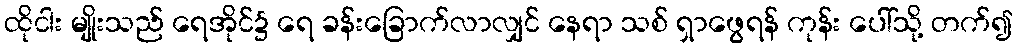
ထိုငါး မျိုးသည် ရေအိုင်၌ ရေ ခန်းခြောက်လာလျှင် နေရာ သစ် ရှာဖွေရန် ကုန်း ပေါ်သို့ တက်၍